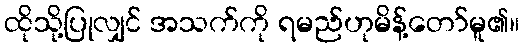
ထိုသို့ပြုလျှင် အသက်ကို ရမည်ဟုမိန့်တော်မူ၏။